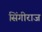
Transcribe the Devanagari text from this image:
सिंगीराज